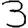
Digit: 3